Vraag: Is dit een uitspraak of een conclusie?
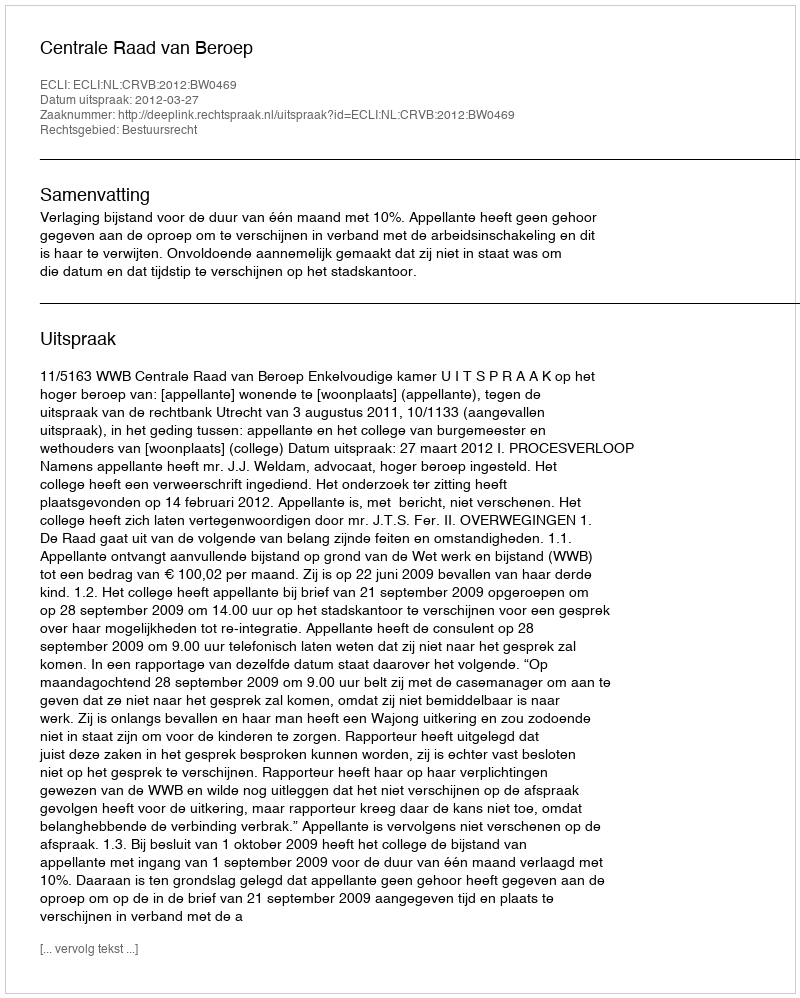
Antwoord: Uitspraak